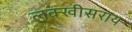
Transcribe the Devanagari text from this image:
लक्‍खीसराय